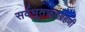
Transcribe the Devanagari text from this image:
सर्वभूतऋदग्रहणी